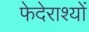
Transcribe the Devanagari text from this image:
फेदेराश्यों